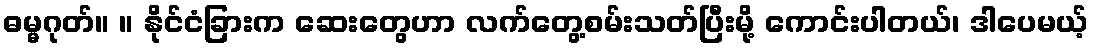
ဓမ္မဂုတ်။ ။ နိုင်ငံခြားက ဆေးတွေဟာ လက်တွေ့စမ်းသတ်ပြီးမို့ ကောင်းပါတယ်၊ ဒါပေမယ့်